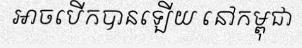
អាចបើកបានឡើយ នៅកម្ពុជា